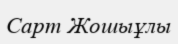
Сарт Жошыұлы